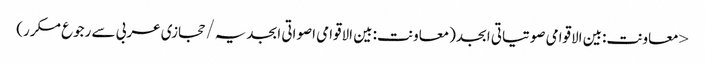
< معاونت:بین الاقوامی صوتیاتی ابجد(معاونت:بین الاقوامی اصواتی ابجدیہ/حجازی عربی سے رجوع مکرر)